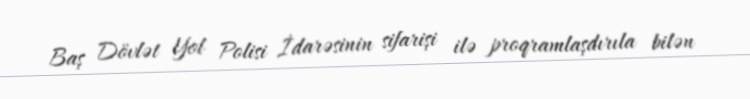
Baş Dövlət Yol Polisi İdarəsinin sifarişi ilə proqramlaşdırıla bilən